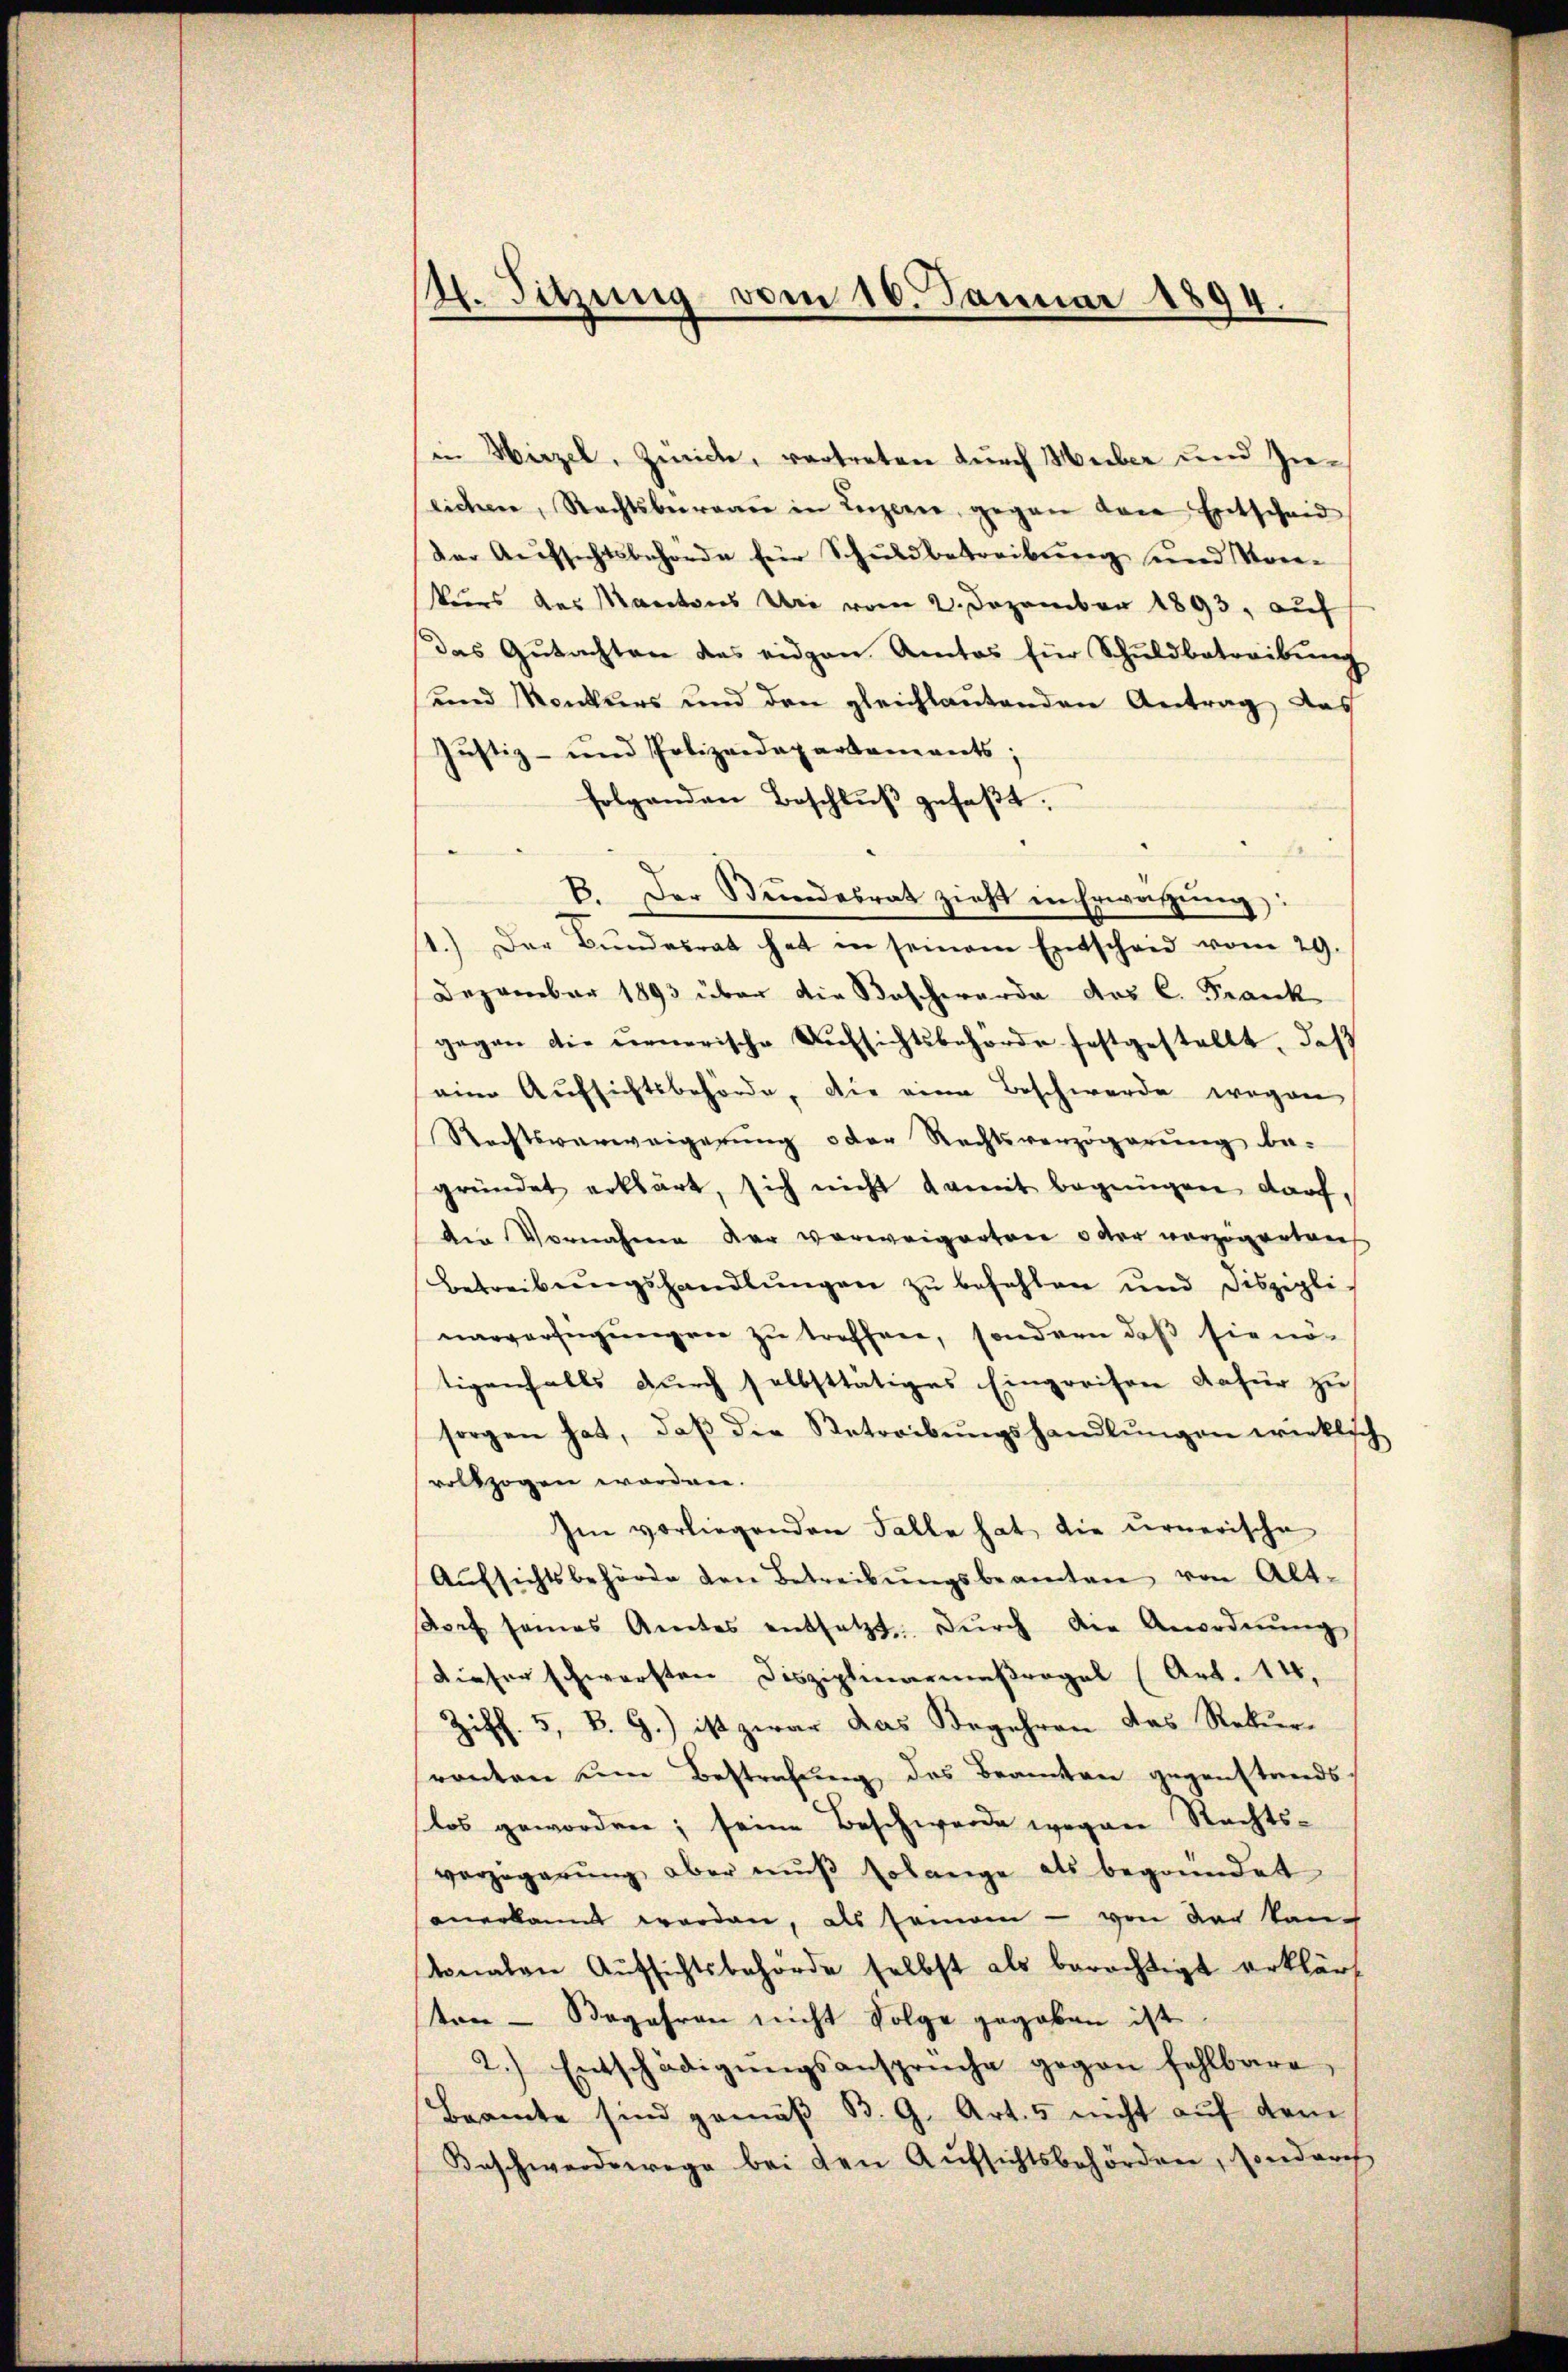
4. Sitzung vom 10. Januar 1894.

in Hirzel, Zürich, vertreten durch Hueber und Gelichen, Rechtsberaare in Luzern, gegen dem Entscheid
der Aufsichtsbehörde für Schuldbetreibung und Vorkurs des Mantons Uri vom 2. Dezember 1893, auf
das Gutachten des eidgen Amtos für Schuldbetreibung
und Konkurs und den gleichlautenden Antrag, das
Justiz- und Polizeidepartements;
folgenden Beschlŭβ gefaβt.
B. Der Stundesrat zieht in Erwägŭng:
1.) Der Bŭndesrat hat in seinem Entscheid vom 29.
Dezember 1893 über die Beschwerde des C. Frank
gegen die Fernerische Aŭfsichtsbehörde festgestellt, daß
eine Aufsichtsbehörde, die eine Beschwerde wegen
Rechtsverweigerŭng oder Rechtsverzögerung be-
gründet erklärt, sich nicht damit begingen darf,
den Vornahme der verweigerten oder verzögertaus
betreibŭngshandlŭngen zŭ befehlen und diszipli-
narverfügungen zu treffen, sondern daß sie nötigenfalls durch selbsttätiges Eingreifen dafür zu
sorgen hat, daβ die Betreibŭngshandlŭngen wirklich
vollzogen worden.
Im vorliegenden Falle hat die urnerische
Aŭfsichtsbehörde den Betreibŭngsbeamten von Alt-
dorf seines Amtes entsetzt dŭrch die Anordnŭng
Dieser schwersten Disziplinarmaßregel (Art. 14.
Ziff. 5, B. G.) ist zwar das Begehren das Rekurranten um Bestrafung des Beamten gegenstands
los geworden; seine Beschwerde wegen Rechtsverzögerŭng aber mŭβ Erlange als begründet
anerkannt worden, als seinem - von der auch
stonalen Aufsichtsbehörde selbst als berechtigt erklärt
ten - Begehren nicht Folge gegeben ist.
2.) Entschädigŭngsansprüche gegen fehlbare,
Beamte sind gemäß B. G. Art. 5 nicht auf dem
Beschwerdewege bei den Aufsichtsbehörden, von durch